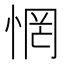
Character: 惘